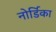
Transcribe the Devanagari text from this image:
नोर्डिका